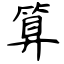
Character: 算